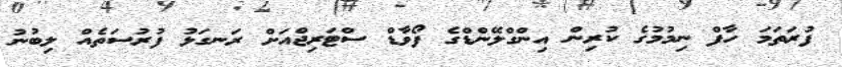
ފުރަތަމަ ހާފް ނިމުމުގެ ކުރިން އިންގްލޭންޑްގެ ފޯވާޑް ސްޓަރިޖްއަށް ރަނގަޅު ފުރުސަތެއް ލިބުނު